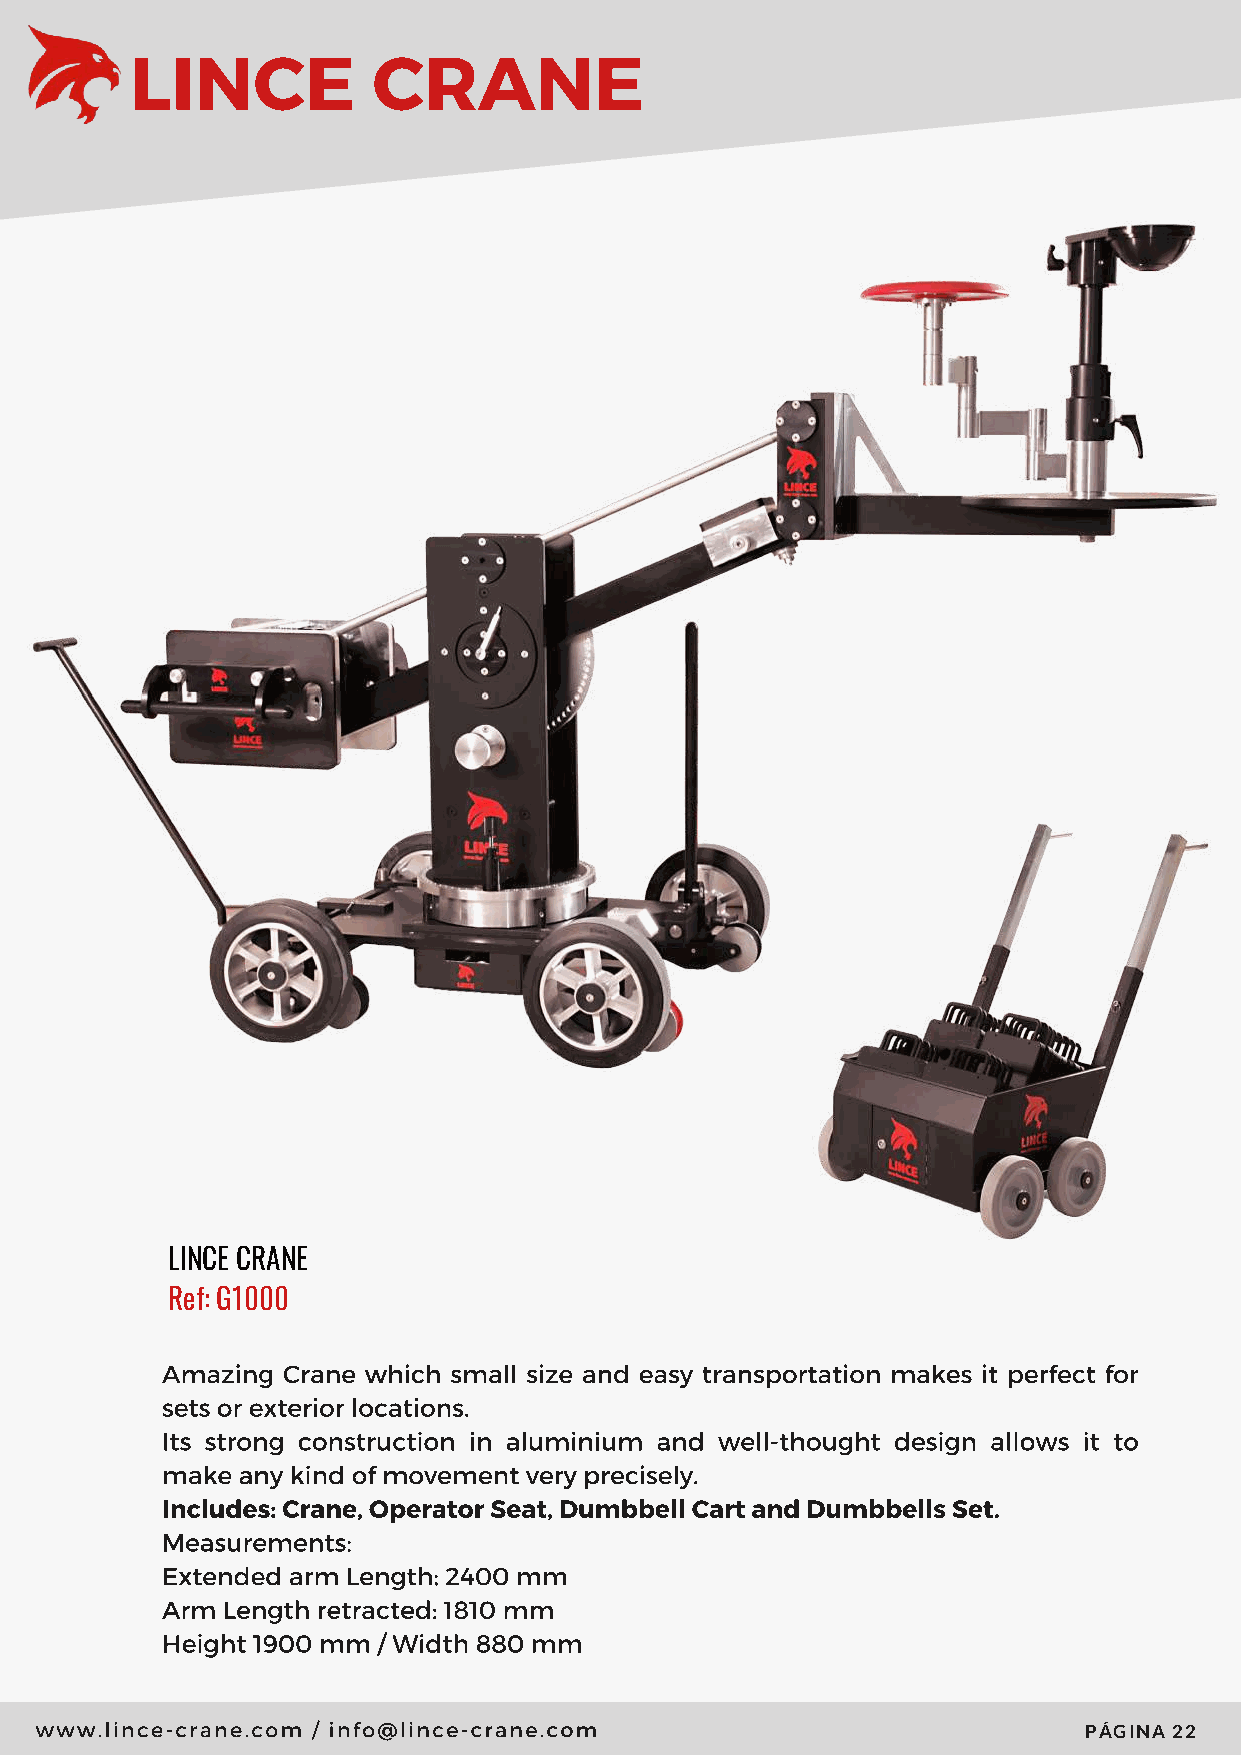
LINCE           CRANE
 LINCE CRANE
 Ref: G1000
 Amazing Crane which small size and easy transportation makes it perfect for
 sets or exterior locations.
 Its strong construction in aluminium and well-thought design allows it to
 make any kind of movement very precisely.
 Includes: Crane, Operator Seat, Dumbbell Cart and Dumbbells Set.
 Measurements:
 Extended arm Length: 2400 mm
 Arm Length retracted: 1810 mm
 Height 1900 mm / Width 880 mm
 www.lince-crane.com / info@lince-crane.com
 PÁGINA 22